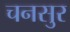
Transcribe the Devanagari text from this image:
चनसुर